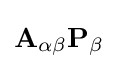
\mathbf {A} _{\alpha \beta }\mathbf {P} _{\beta }